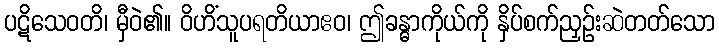
ပဋိသေဝတိ၊ မှီဝဲ၏။ ဝိဟိံသူပရတိယာဧဝ၊ ဤခန္ဓာကိုယ်ကို နှိပ်စက်ညှဉ်းဆဲတတ်သော